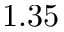
1 . 3 5